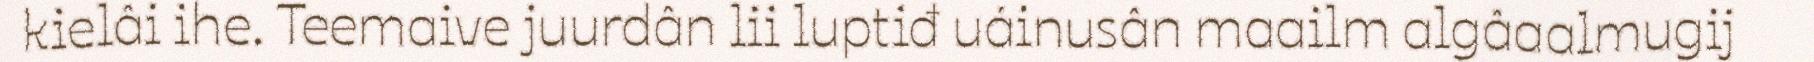
kielâi ihe. Teemaive juurdân lii luptiđ uáinusân maailm algâaalmugij